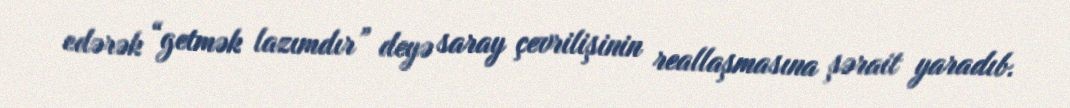
edərək “getmək lazımdır” deyə saray çevrilişinin reallaşmasına şərait yaradıb.